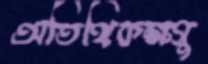
অতিথিকক্ষগু